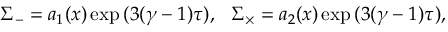
\Sigma _ { - } = a _ { 1 } ( x ) \exp { ( 3 ( \gamma - 1 ) \tau ) } , ~ ~ \Sigma _ { \times } = a _ { 2 } ( x ) \exp { ( 3 ( \gamma - 1 ) \tau ) } ,